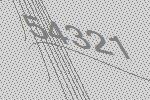
54321